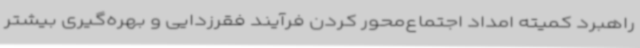
راهبرد کمیته امداد اجتماع‌محور کردن فرآیند فقرزدایی و بهره‌گیری بیشتر